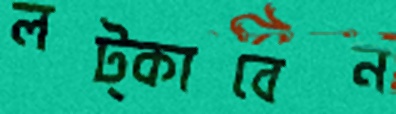
লট্‌কাবেন